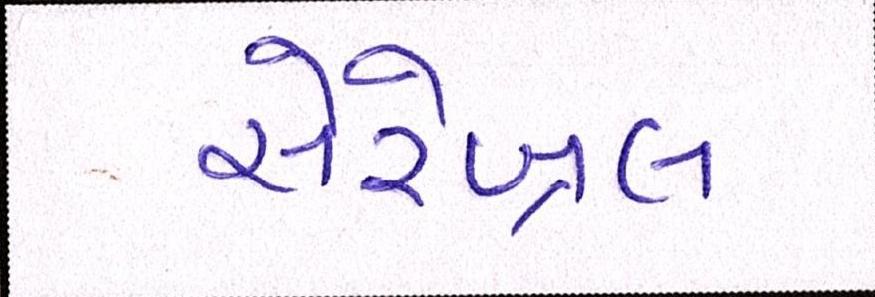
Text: સેરેબ્રલ